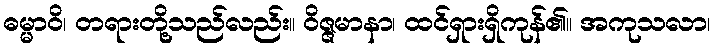
ဓမ္မာဝိ၊ တရားတို့သည်လည်း။ ဝိဇ္ဇမာနာ၊ ထင်ရှားရှိကုန်၏။ အကုသလာ၊